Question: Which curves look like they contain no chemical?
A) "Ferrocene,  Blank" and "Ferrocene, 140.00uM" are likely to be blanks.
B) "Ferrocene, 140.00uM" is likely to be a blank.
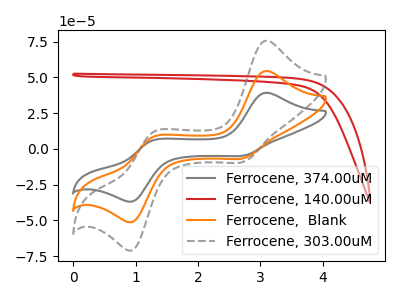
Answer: <think>The gray curve "Ferrocene, 374.00uM" has anodic peaks at (3.10V, 39.20uA) (1.25V, 5.90uA) and cathodic peaks at (2.75V, -4.45uA) (0.95V, -36.55uA). The red curve "Ferrocene, 140.00uM" has no peaks. The orange curve "Ferrocene,  Blank" has anodic peaks at (3.10V, 54.45uA) (1.25V, 8.20uA) and cathodic peaks at (2.75V, -6.20uA) (0.95V, -50.75uA). The gray dashed curve "Ferrocene, 303.00uM" has anodic peaks at (3.10V, 108.85uA) (1.25V, 16.35uA) and cathodic peaks at (2.75V, -12.40uA) (0.95V, -101.50uA).</think>
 <answer>B) "Ferrocene, 140.00uM" is likely to be a blank.</answer>
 <eval>B</eval>